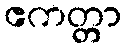
ဧကတ္တာ